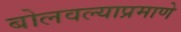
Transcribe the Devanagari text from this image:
बोलवल्याप्रमाणे